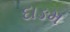
દાઙમ